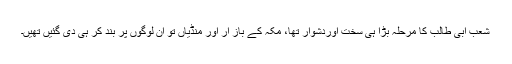
شعب ابی طالب کا مرحلہ بڑا ہی سخت اوردشوار تھا، مکہ کے باز ار اور منڈیاں تو ان لوگوں پر بند کر ہی دی گئیں تھیں۔